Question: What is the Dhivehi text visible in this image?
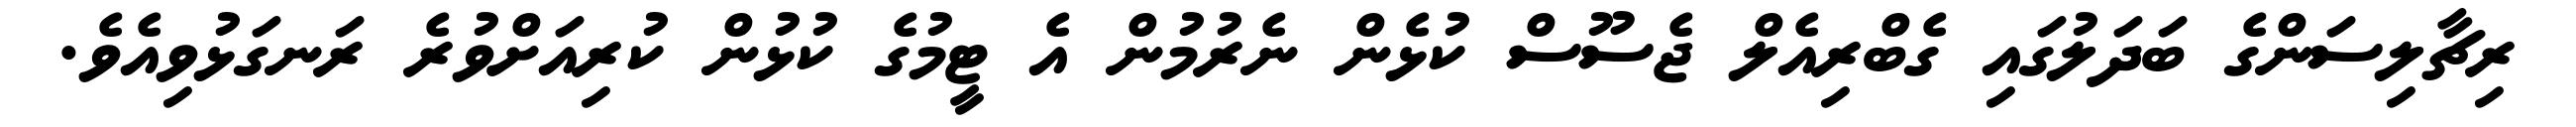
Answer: ރިޗާލިސަންގެ ބަދަލުގައި ގެބްރިއެލް ޖެސޫސް ކުޅެން ނެރުމުން އެ ޓީމުގެ ކުޅުން ކުރިއަށްވުރެ ރަނގަޅުވިއެވެ.